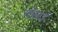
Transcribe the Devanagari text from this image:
गोसरई